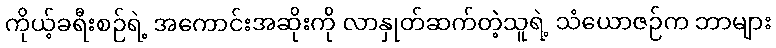
ကိုယ့်ခရီးစဉ်ရဲ့ အကောင်းအဆိုးကို လာနှုတ်ဆက်တဲ့သူရဲ့ သံယောဇဉ်က ဘာများ